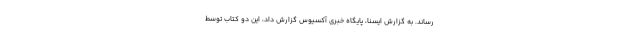
رساند. به گزارش ایسنا، پایگاه خبری آکسیوس گزارش داد، این دو کتاب توسط